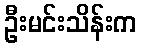
ဦးမင်းသိန်းက